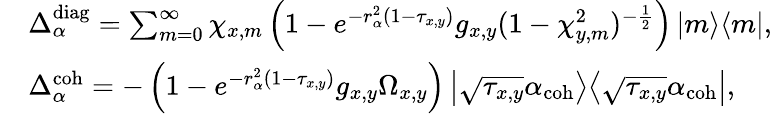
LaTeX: \begin{array}{rl}&{\Delta_{\alpha}^{\mathrm{diag}}=\sum_{m=0}^{\infty}\chi_{x,m}\left(1-e^{-r_{\alpha}^{2}\left(1-\tau_{x,y}\right)}g_{x,y}(1-\chi_{y,m}^{2})^{-\frac{1}{2}}\right)\left|m\middle>\middle<m\right|,}\\ &{\Delta_{\alpha}^{\mathrm{coh}}=-\left(1-e^{-r_{\alpha}^{2}\left(1-\tau_{x,y}\right)}g_{x,y}\Omega_{x,y}\right)\left|\sqrt{\tau_{x,y}}\alpha_{\mathrm{coh}}\middle>\middle<\sqrt{\tau_{x,y}}\alpha_{\mathrm{coh}}\right|,}\end{array}